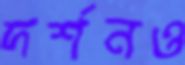
দর্শনও